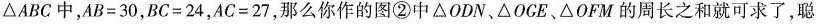
\triangleABC中，$$AB=30$$，$$BC=24$$，$$AC=27$$，那么你作的图②中\triangle ODN、\triangle OGE、\triangle OFM的周长之和就可求了，聪